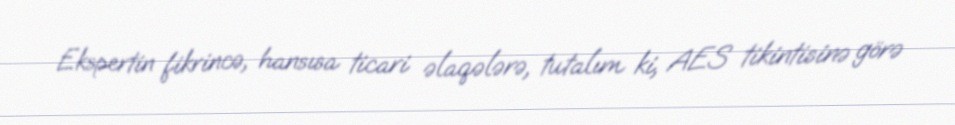
Ekspertin fikrincə, hansısa ticari əlaqələrə, tutalım ki, AES tikintisinə görə